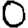
Digit: 0